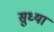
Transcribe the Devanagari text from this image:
सुध्या